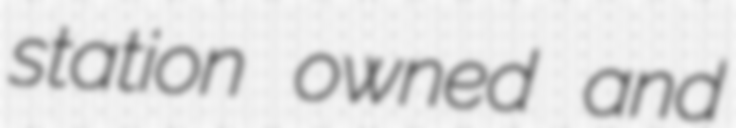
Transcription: station owned and